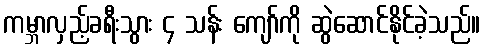
ကမ္ဘာလှည့်ခရီးသွား ၄ သန်း ကျော်ကို ဆွဲဆောင်နိုင်ခဲ့သည်။